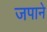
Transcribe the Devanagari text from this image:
जपाने